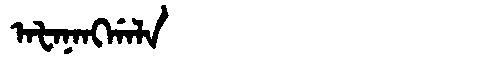
Manchu: ᠠᡶᠠᠨᠠᠩᡤᠠᠯᠠ
Romanization: AFANANGGALA